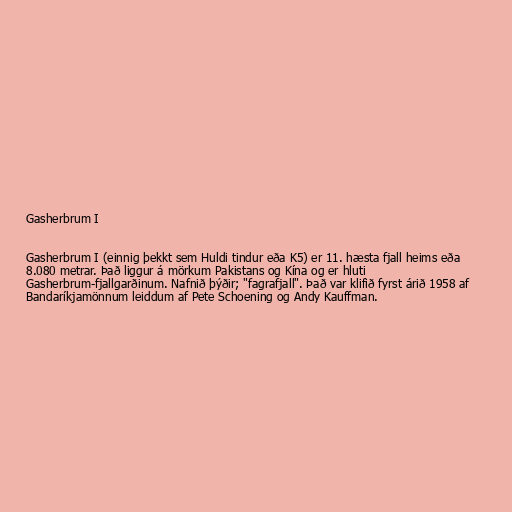
Gasherbrum I

Gasherbrum I (einnig þekkt sem Huldi tindur eða K5) er 11. hæsta fjall heims eða
8.080 metrar. Það liggur á mörkum Pakistans og Kína og er hluti
Gasherbrum-fjallgarðinum. Nafnið þýðir; "fagrafjall". Það var klifið fyrst árið 1958 af
Bandaríkjamönnum leiddum af Pete Schoening og Andy Kauffman.